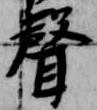
聲